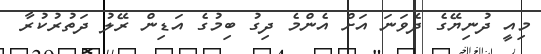
މިއީ ދުނިޔޭގެ ދެވަނަ އަށް އެންމެ ދިގު ބިމުގެ އަޑިން ރޭލު ދަތުރުކުރާ